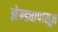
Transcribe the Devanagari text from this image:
झेन्ड्यापासून